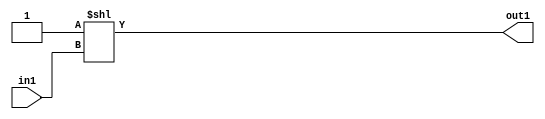
`timescale 1ps / 1ps
/*****************************************************************************
    Verilog RTL Description
    
    
    Created by: Stratus DpOpt 2019.1.01 
*******************************************************************************/

module SobelFilter_DECODE_32U_37_4 (
	in1,
	out1
	); /* architecture "behavioural" */ 
input [4:0] in1;
output [31:0] out1;
wire [31:0] asc001;

assign asc001 = 32'B00000000000000000000000000000001 << in1;

assign out1 = asc001;
endmodule

/* CADENCE  ubH5TAw= : u9/ySgnWtBlWxVPRXgAZ4Og= ** DO NOT EDIT THIS LINE ******/